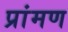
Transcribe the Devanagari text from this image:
प्रांमण